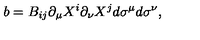
b = B _ { i j } \partial _ { \mu } X ^ { i } \partial _ { \nu } X ^ { j } d \sigma ^ { \mu } d \sigma ^ { \nu } ,